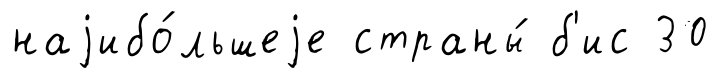
наjибо́льшеjе страны́ б'ис 30